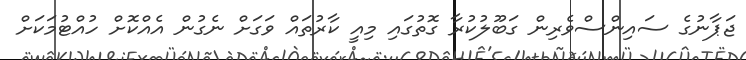
ޖަޕާނުގެ ސައިންސްވެރިން ގަބޫލުކުރާ ގޮތުގައި މިއީ ކާރުތައް ވަގަށް ނެގުން އެއްކޮށް ހުއްޓުމަކަށް